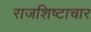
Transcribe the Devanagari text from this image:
राजशिष्टाचार